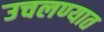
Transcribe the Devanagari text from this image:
उचलण्‍यात